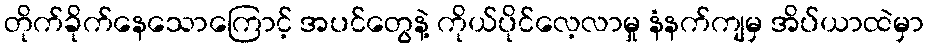
တိုက်ခိုက်နေသောကြောင့် အပင်တွေနဲ့ ကိုယ်ပိုင်လေ့လာမှု နံနက်ကျမှ အိပ်ယာထဲမှာ